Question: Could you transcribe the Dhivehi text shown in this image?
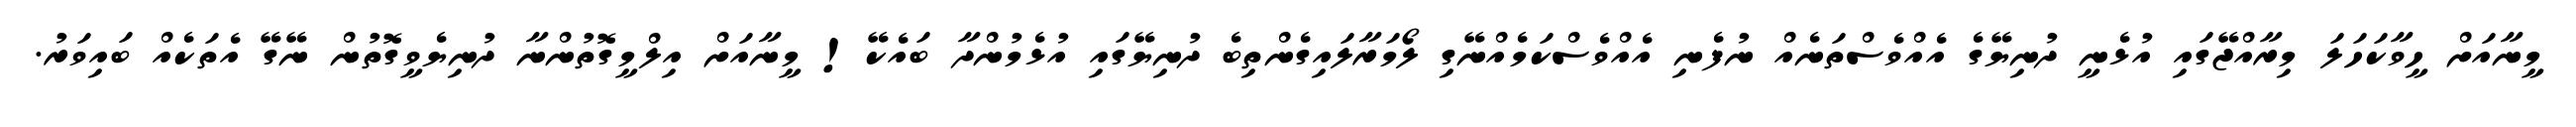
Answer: މީނާއަށް ހީވާކަހަލަ މިރާއްޖޭގައި އުޅެނީ ދުނިޔޭގެ އެއްވެސްތަނެއް ނުފެނި އެއްވެސްކަމެއްނޭގި ލޯމަރާލައިގެންތިބެ ދުނިޔޭގައި އުޅެމުންދާ ބައެކޭ! މީނާއަށް އިލްމީގޮތުންނާ ދުނިޔެވީގޮތުން ނޭގޭ އެތަކެއް ބައިވަރު.